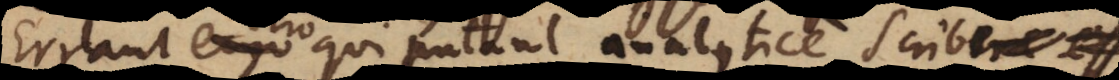
Errant vero qui putant analytice scribere